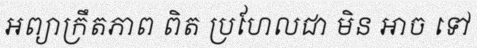
អព្យាក្រឹតភាព ពិត ប្រហែលជា មិន អាច ទៅ